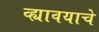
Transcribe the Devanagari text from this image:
व्ह्यावयाचे